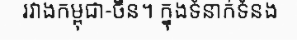
រវាងកម្ពុជា-ចិន។ ក្នុងទំនាក់ទំនង